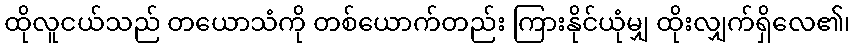
ထိုလူငယ်သည် တယောသံကို တစ်ယောက်တည်း ကြားနိုင်ယုံမျှ ထိုးလျှက်ရှိလေ၏၊